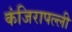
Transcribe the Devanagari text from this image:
कंजिरापल्ली